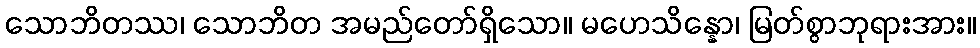
သောဘိတဿ၊ သောဘိတ အမည်တော်ရှိသော။ မဟေသိန္နော၊ မြတ်စွာဘုရားအား။